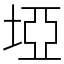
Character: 埡